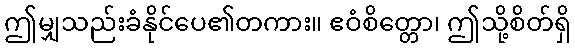
ဤမျှသည်းခံနိုင်ပေ၏တကား။ ဧဝံစိတ္တော၊ ဤသို့စိတ်ရှိ